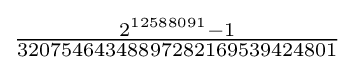
{\tfrac {2^{12588091}-1}{32075464348897282169539424801}}